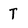
Character: T